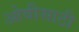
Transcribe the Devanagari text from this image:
ओवीसाठी